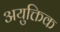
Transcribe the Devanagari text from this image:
अयुक्तिक